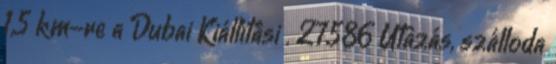
1,5 km-re a Dubai Kiállítási . 27586 Utazás, szálloda